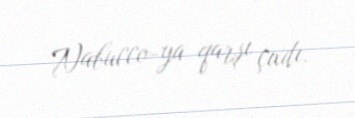
Nabucco-ya qarşı çıxdı.